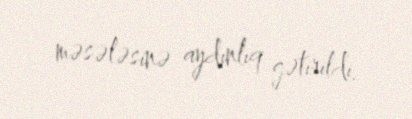
məsələsinə aydınlıq gətirildi.